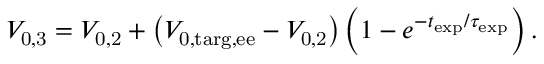
\begin{array} { r } { V _ { \mathrm { 0 , 3 } } = V _ { \mathrm { 0 , 2 } } + \left( V _ { \mathrm { 0 , t a r g , e e } } - V _ { \mathrm { 0 , 2 } } \right) \left( 1 - e ^ { - t _ { \mathrm { e x p } } / \tau _ { \mathrm { e x p } } } \right) . } \end{array}